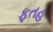
ફતહ